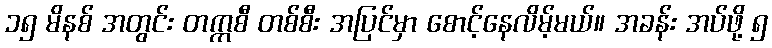
၁၅ မိနစ် အတွင်း တက္ကစီ တစ်စီး အပြင်မှာ စောင့်နေလိမ့်မယ်။ အခန်း အပ်ဖို့ ၅